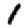
Digit: 1